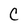
Character: C